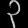
Digit: ၃